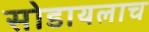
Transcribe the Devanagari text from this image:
सोडायलाच